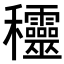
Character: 𥤞